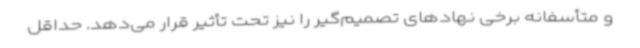
و متأسفانه برخی نهادهای تصمیم‌گیر را نیز تحت تأثیر قرار می‌دهد. حداقل